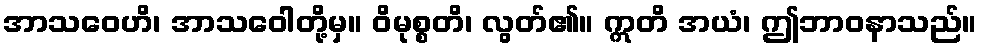
အာသဝေဟိ၊ အာသဝေါတို့မှ။ ဝိမုစ္စတိ၊ လွတ်၏။ ဣတိ အယံ၊ ဤဘာဝနာသည်။